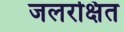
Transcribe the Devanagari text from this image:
जलरक्षित